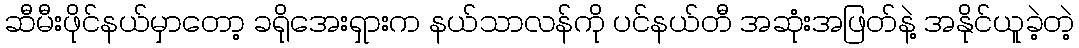
ဆီမီးဖိုင်နယ်မှာတော့ ခရိုအေးရှားက နယ်သာလန်ကို ပင်နယ်တီ အဆုံးအဖြတ်နဲ့ အနိုင်ယူခဲ့တဲ့